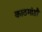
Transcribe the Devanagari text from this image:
काठमांडौं